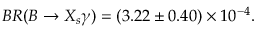
B R ( B \to X _ { s } \gamma ) = ( 3 . 2 2 \pm 0 . 4 0 ) \times 1 0 ^ { - 4 } .